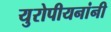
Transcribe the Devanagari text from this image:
युरोपीयनांनी